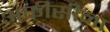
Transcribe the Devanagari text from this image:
अफीसीना